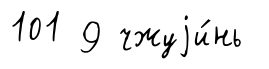
101 9 чжуjи́нь